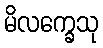
မိလက္ခေသု